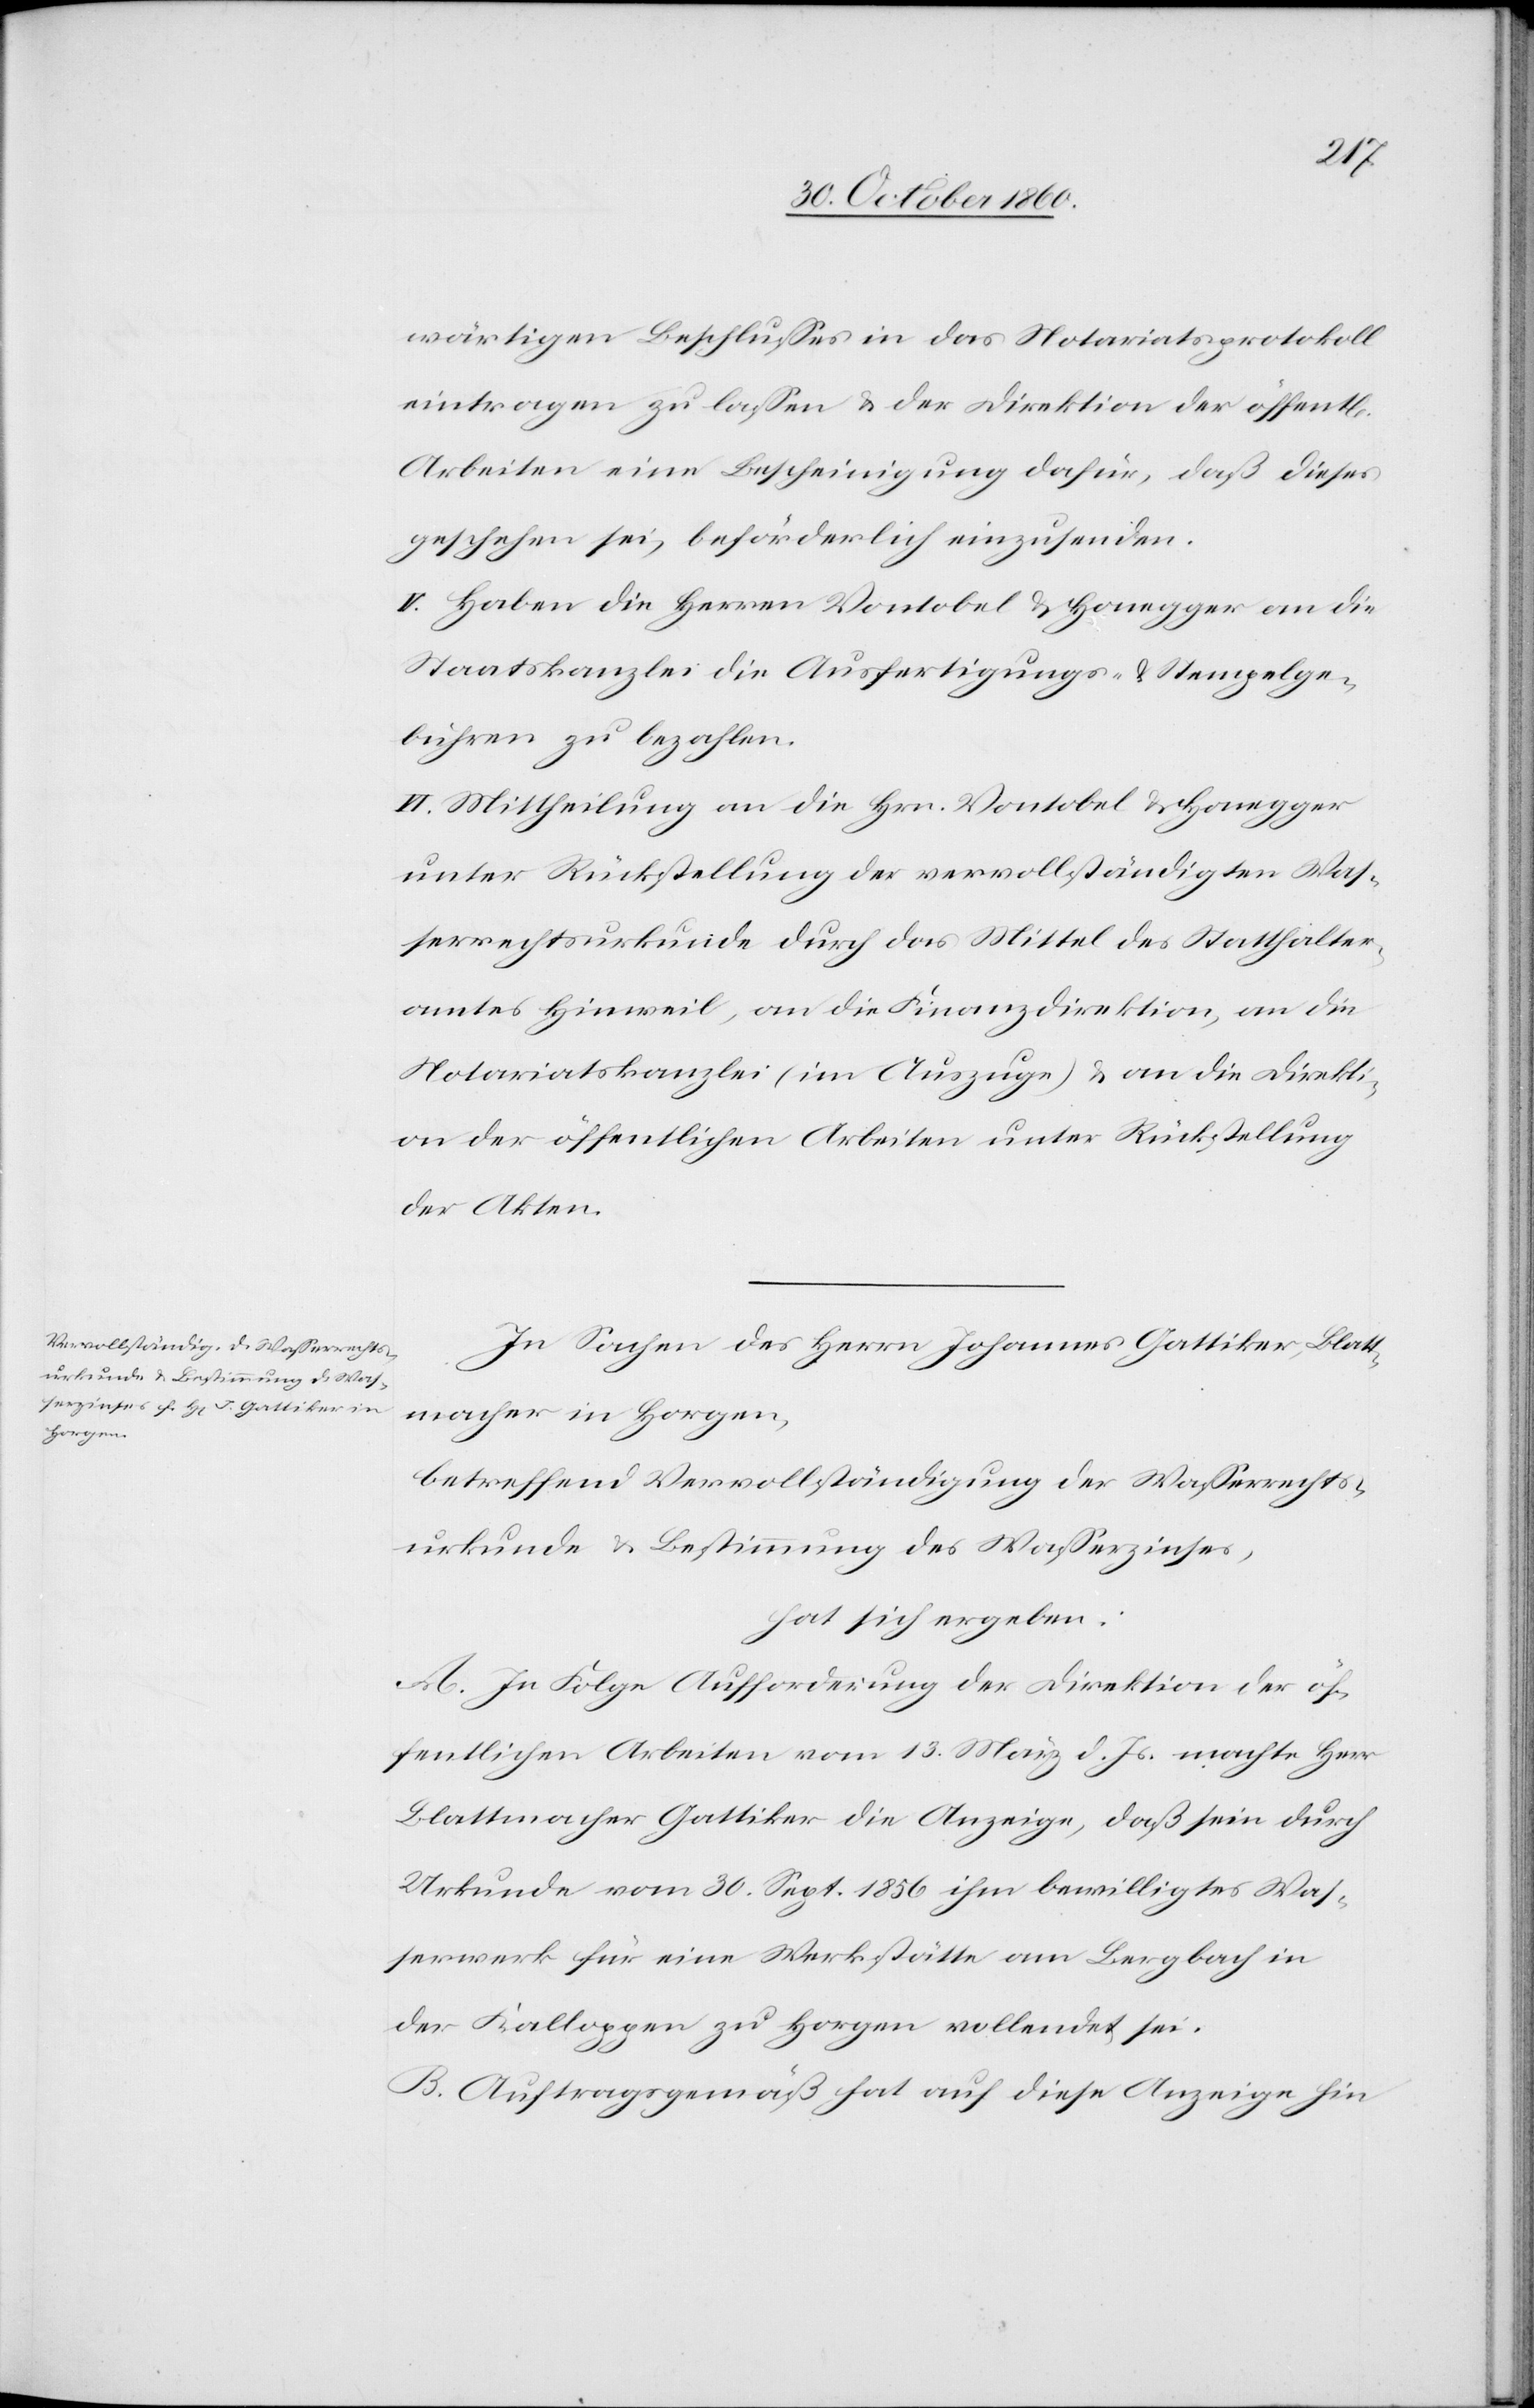
ichen]
wärtigen Beschlusses in das Notariatsprotokoll
eintragen zu lassen u. der Direktion der öffent[l¬
Arbeiten eine Bescheinigung dafür, daß dieses
geschehen sei, beförderlich einzusenden.
V. Haben die Herren Vontobel u. Honegger an die
Staatskanzlei die Ausfertigungs- u. Stempelge¬
bühren zu bezahlen.
Vi. Mittheilung an die Hrn. Vontobel u. Honegger
unter Rückstellung der vervollständigten Was¬
serrechtsurkunde durch das Mittel des Statthalter¬
amtes Hinweil, an die Finanzdirektion, an die
Notariatskanzlei (im Auszuge) u. an die Direkti¬
on der öffentlichen Arbeiten unter Rückstellung
der Akten.
In Sachen des Herrn Johannes Gattiker, Blatt¬
macher in Horgen,
betreffend Vervollständigung der Wasserrechts¬
urkunde u. Bestimmung des Wasserzinses,
hat sich ergeben:
A. In Folge Aufforderung der Direktion der öf¬
fentlichen Arbeiten vom 13. März d. Js. machte Herr
Blattmacher Gattiker die Anzeige, daß sein durch
Urkunde vom 30. Sept. 1856 ihm bewilligtes Was¬
serwerk für eine Werkstätte am Bergbach in
der Kalloppen zu Horgen vollendet sei.
B. Auftraggemäß hat auf diese Anzeige hin